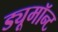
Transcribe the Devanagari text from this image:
ड्यूमॉन्ट